Lunatic asylums in Bengal annual reports 1888-1898 - 1888-1898
Year: 1888
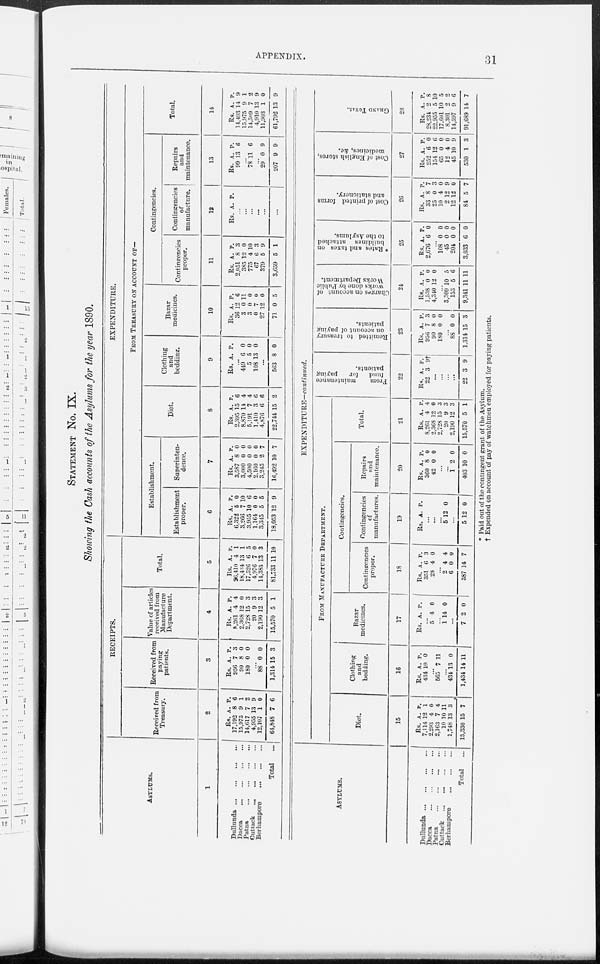
APPENDIX.
31
STATEMENT No. IX.
Showing the Cash accounts of the Asylums for the year 1890.
ASYLUMS.
1
Dullunda
...
...
...
...
Dacca
...
...
...
...
Patna
...
...
...
...
Cuttack
...
...
...
...
Berhampore
...
...
...
Total
...
RECEIPTS.
Received from
Treasury.
2
Rs.
17,192
15,975
14,617
4,955
12,107
64,848
A.
8
9
7
13
1
7
P.
6
1
2
9
0
6
Received from
paying
patients.
3
Rs.
956
90
180
A.
7
8
0
P.
3
0
0
...
88
1,314
0
15
0
3
Value of articles
received from
Manufacture
Department.
4
Rs.
8,261
2,368
2,728
20
2,190
15,570
A.
4
12
15
9
12
5
P.
4
0
3
3
3
1
Total.
5
Rs.
26,410
18,454
17,526
4,976
14,385
81,733
A.
4
13
6
7
13
11
P.
1
1
5
0
3
10
EXPENDITURE.
FROM TREASURY ON ACCOUNT OF—
Establishment.
Establishment
proper.
6
Rs.
6,322
3,266
3,955
1,164
3,345
18,053
A.
5
7
10
0
5
12
P.
0
10
6
0
5
9
Superinten-
dence.
7
Rs.
3,587
3,000
4,500
2,160
3,245
16,492
A.
8
0
0
0
2
10
P.
0
0
0
0
7
7
Diet.
8
Rs.
2,395
8,870
5,191
1,410
4,876
22,744
A.
15
14
7
3
6
15
P.
6
4
4
6
6
2
Clothing
and
bedding.
9
Rs. A. P.
...
449
5
108
6
5
13
0
0
0
...
563 8 0
Bazar
medicines.
10
Rs.
36
3
3
0
27
71
A.
12
0
0
7
12
0
P.
6
11
0
0
0
5
Contingencies.
Contingencies
proper.
11
Rs.
2,051
385
775
67
379
3,659
A.
8
12
4
6
5
5
P.
3
0
10
3
9
1
Contingencies
of
manufacture.
12
Rs. A. P.
...
...
...
...
...
...
Repairs
and
maintenance.
13
Rs.
99
A.
13
P.
6
...
78 11 6
...
29
207
0
9
9
9
Total.
14
Rs.
14,493
15,975
14,509
4,910
11,903
61,792
A.
14
9
7
13
1
13
P.
9
1
2
9
0
9
ASYLUMS.
Dullunda
...
...
...
...
Dacca
...
...
...
...
Patna ... ... ... ...
Cuttack
...
...
...
...
Berhampore
...
...
...
Total ...
EXPENDITURE—continued.
FROM MANUFACTURE DEPARTMENT.
Diet.
15
Rs.
7,114
2,293
2,163
10
1,748
13,330
A.
12
4
7
10
13
15
P.
1
0
4
11
3
7
Clothing
and
bedding.
16
Rs.
434
A.
10
P.
0
...
565 7 11
...
434
1,434
13
14
0
11
Bazar
medicines.
17
Rs. A. P.
...
5 4 0
...
1 14 0
...
7 2 0
Contingencies.
Contingencies
proper.
18
Rs.
351
28
A.
6
4
P.
3
0
...
2
6
387
4
0
14
4
0
7
Contingencies
of
manufactures.
19
Rs. A. P.
...
...
...
5 12 0
...
5 12 0
Repairs
and
maintenance.
20
Rs.
360
42
A.
8
0
P.
0
0
...
...
1
403
2
10
0
0
Total.
21
Rs.
8,261
2,368
2,728
20
2,190
15,570
A.
4
12
15
9
12
5
P.
4
0
3
3
3
1
From
maintenance
fund
for
paying
patients.
22
Rs.
22
A.
3
P.
9†
...
...
...
...
22 3 9
Remitted to treasury
on account of paying
patients.
23
Rs.
956
90
180
A.
7
8
0
P.
3
0
0
...
88
1,314
0
15
0
3
Charges
on account of
works done by Public
Works
Department.
24
Rs.
1,538
4,340
A.
0
12
P.
0
0
...
3,309
153
9,341
10
5
11
5
6
11
* Rates and taxes on
buildings attached
to the Asylums.
25
Rs.
2,676
A.
6
P.
0
...
108
45
204
3,033
0
0
0
6
0
0
0
0
Cost of printed forms
and stationery.
26
Rs.
33
25
10
2
12
84
A.
8
0
4
12
12
5
P.
7
3
0
9
0
7
Cost of English stores,
medicines, &c.
27
Rs.
252
154
65
12
45
530
A.
6
12
0
4
10
1
P.
0
6
0
0
9
3
GRAND TOTAL.
28
Rs.
28,234
22,955
17,601
8,301
14,597
91,689
A.
2
5
10
2
9
14
P.
8
10
5
2
6
7
* Paid out of the contingent grant of the Asylum.
† Expended on account of pay of watchmen employed for paying patients.